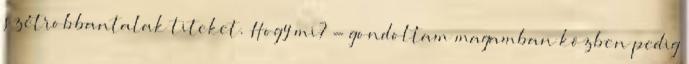
szétrobbantalak titeket. Hogy mi? - gondoltam magamban közben pedig